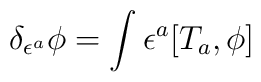
\delta_{\epsilon^a} \phi = \int \epsilon^a [ T_a, \phi ]